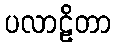
ပလာဠိတာ